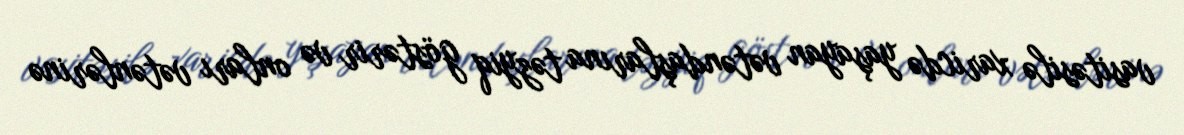
vasitəsilə xaricdə yaşayan vətəndaşlarına təzyiq göstərir və onları vətənlərinə